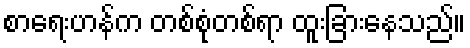
စာရေးဟန်က တစ်စုံတစ်ရာ ထူးခြားနေသည်။